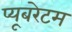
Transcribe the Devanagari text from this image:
प्यूबरेटम